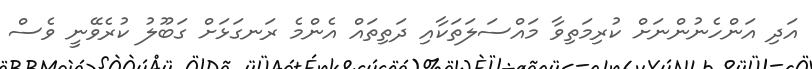
އަދި އަންހެނުންނަށް ކުރިމަތިވާ މައްސަލަތަކާއި ދަތިތައް އެންމެ ރަނގަޅަށް ގަބޫލު ކުރެވޭނީ ވެސް